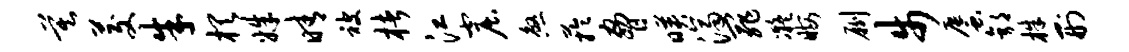
莫茭朱棋姝晴被楮江窟煞芋胁映济罪凝晦劂步蜃郭株刑